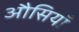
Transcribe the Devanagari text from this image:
औसियाँ